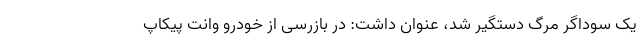
یک سوداگر مرگ دستگیر شد، عنوان داشت: در بازرسی از خودرو وانت پیکاپ